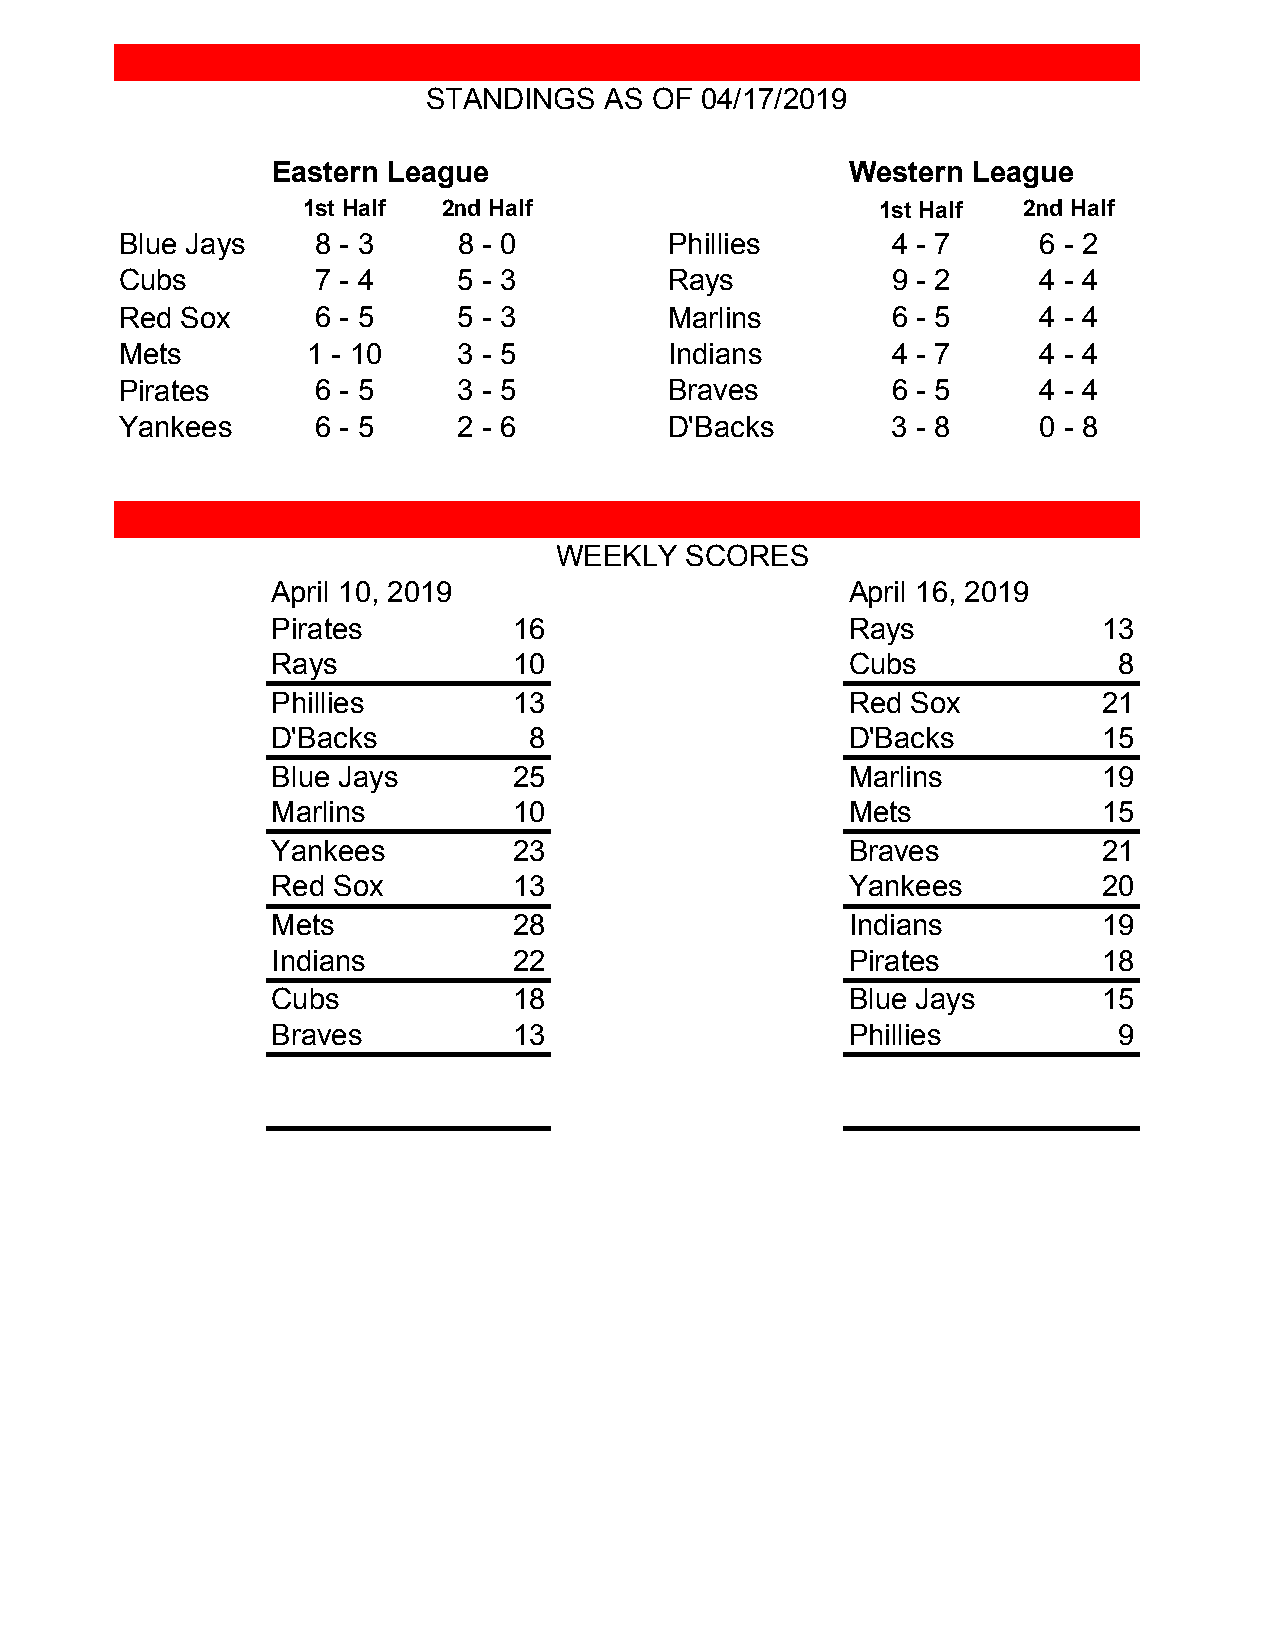
STANDINGS   AS OF 04/17/2019
 Eastern League                        Western League
 1st Half 2nd Half                     1st Half 2nd Half
 Blue Jays   8 - 3     8 - 0         Phillies       4 - 7    6 - 2
 Cubs        7 - 4     5 - 3         Rays           9 - 2    4 - 4
 Red Sox     6 - 5     5 - 3         Marlins        6 - 5    4 - 4
 Mets        1 - 10    3 - 5         Indians        4 - 7    4 - 4
 Pirates     6 - 5     3 - 5         Braves         6 - 5    4 - 4
 Yankees      6 - 5     2 - 6         D'Backs        3 - 8    0 - 8
 WEEKLY   SCORES
 April 10, 2019                        April 16, 2019
 Pirates         16                    Rays             13
 Rays            10                    Cubs              8
 Phillies        13                    Red Sox          21
 D'Backs          8                    D'Backs          15
 Blue Jays       25                    Marlins          19
 Marlins         10                    Mets             15
 Yankees         23                    Braves           21
 Red Sox         13                    Yankees          20
 Mets            28                    Indians          19
 Indians         22                    Pirates          18
 Cubs            18                    Blue Jays        15
 Braves          13                    Phillies          9